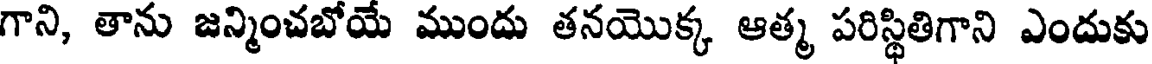
గాని, తాను జన్మించబోయే ముందు తనయొక్క ఆత్మ పరిస్థితిగాని ఎందుకు